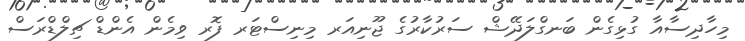
މިހާދިސާއާ ގުޅިގެން ބަނގްލަދޭޝް ސަރުކާރުގެ ޖޫނިއަރ މިނިސްޓަރ ފޮރ ވިމެން އެންޑް ޗިލްޑްރަސް